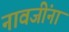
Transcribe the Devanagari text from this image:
नावजींना